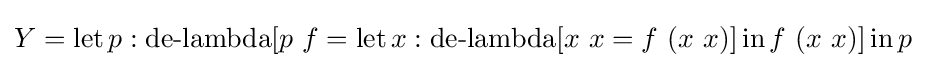
Y=\operatorname {let} p:\operatorname {de-lambda} [p\ f=\operatorname {let} x:\operatorname {de-lambda} [x\ x=f\ (x\ x)]\operatorname {in} f\ (x\ x)]\operatorname {in} p